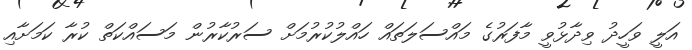
އަލީ ވަހީދު ވިދާޅުވީ މާފަރުގެ މައްސަލަތައް ހައްލުކުރުމަށް ސަރުކާރުން މަސައްކަތް ކުރާ ކަމަށާއި